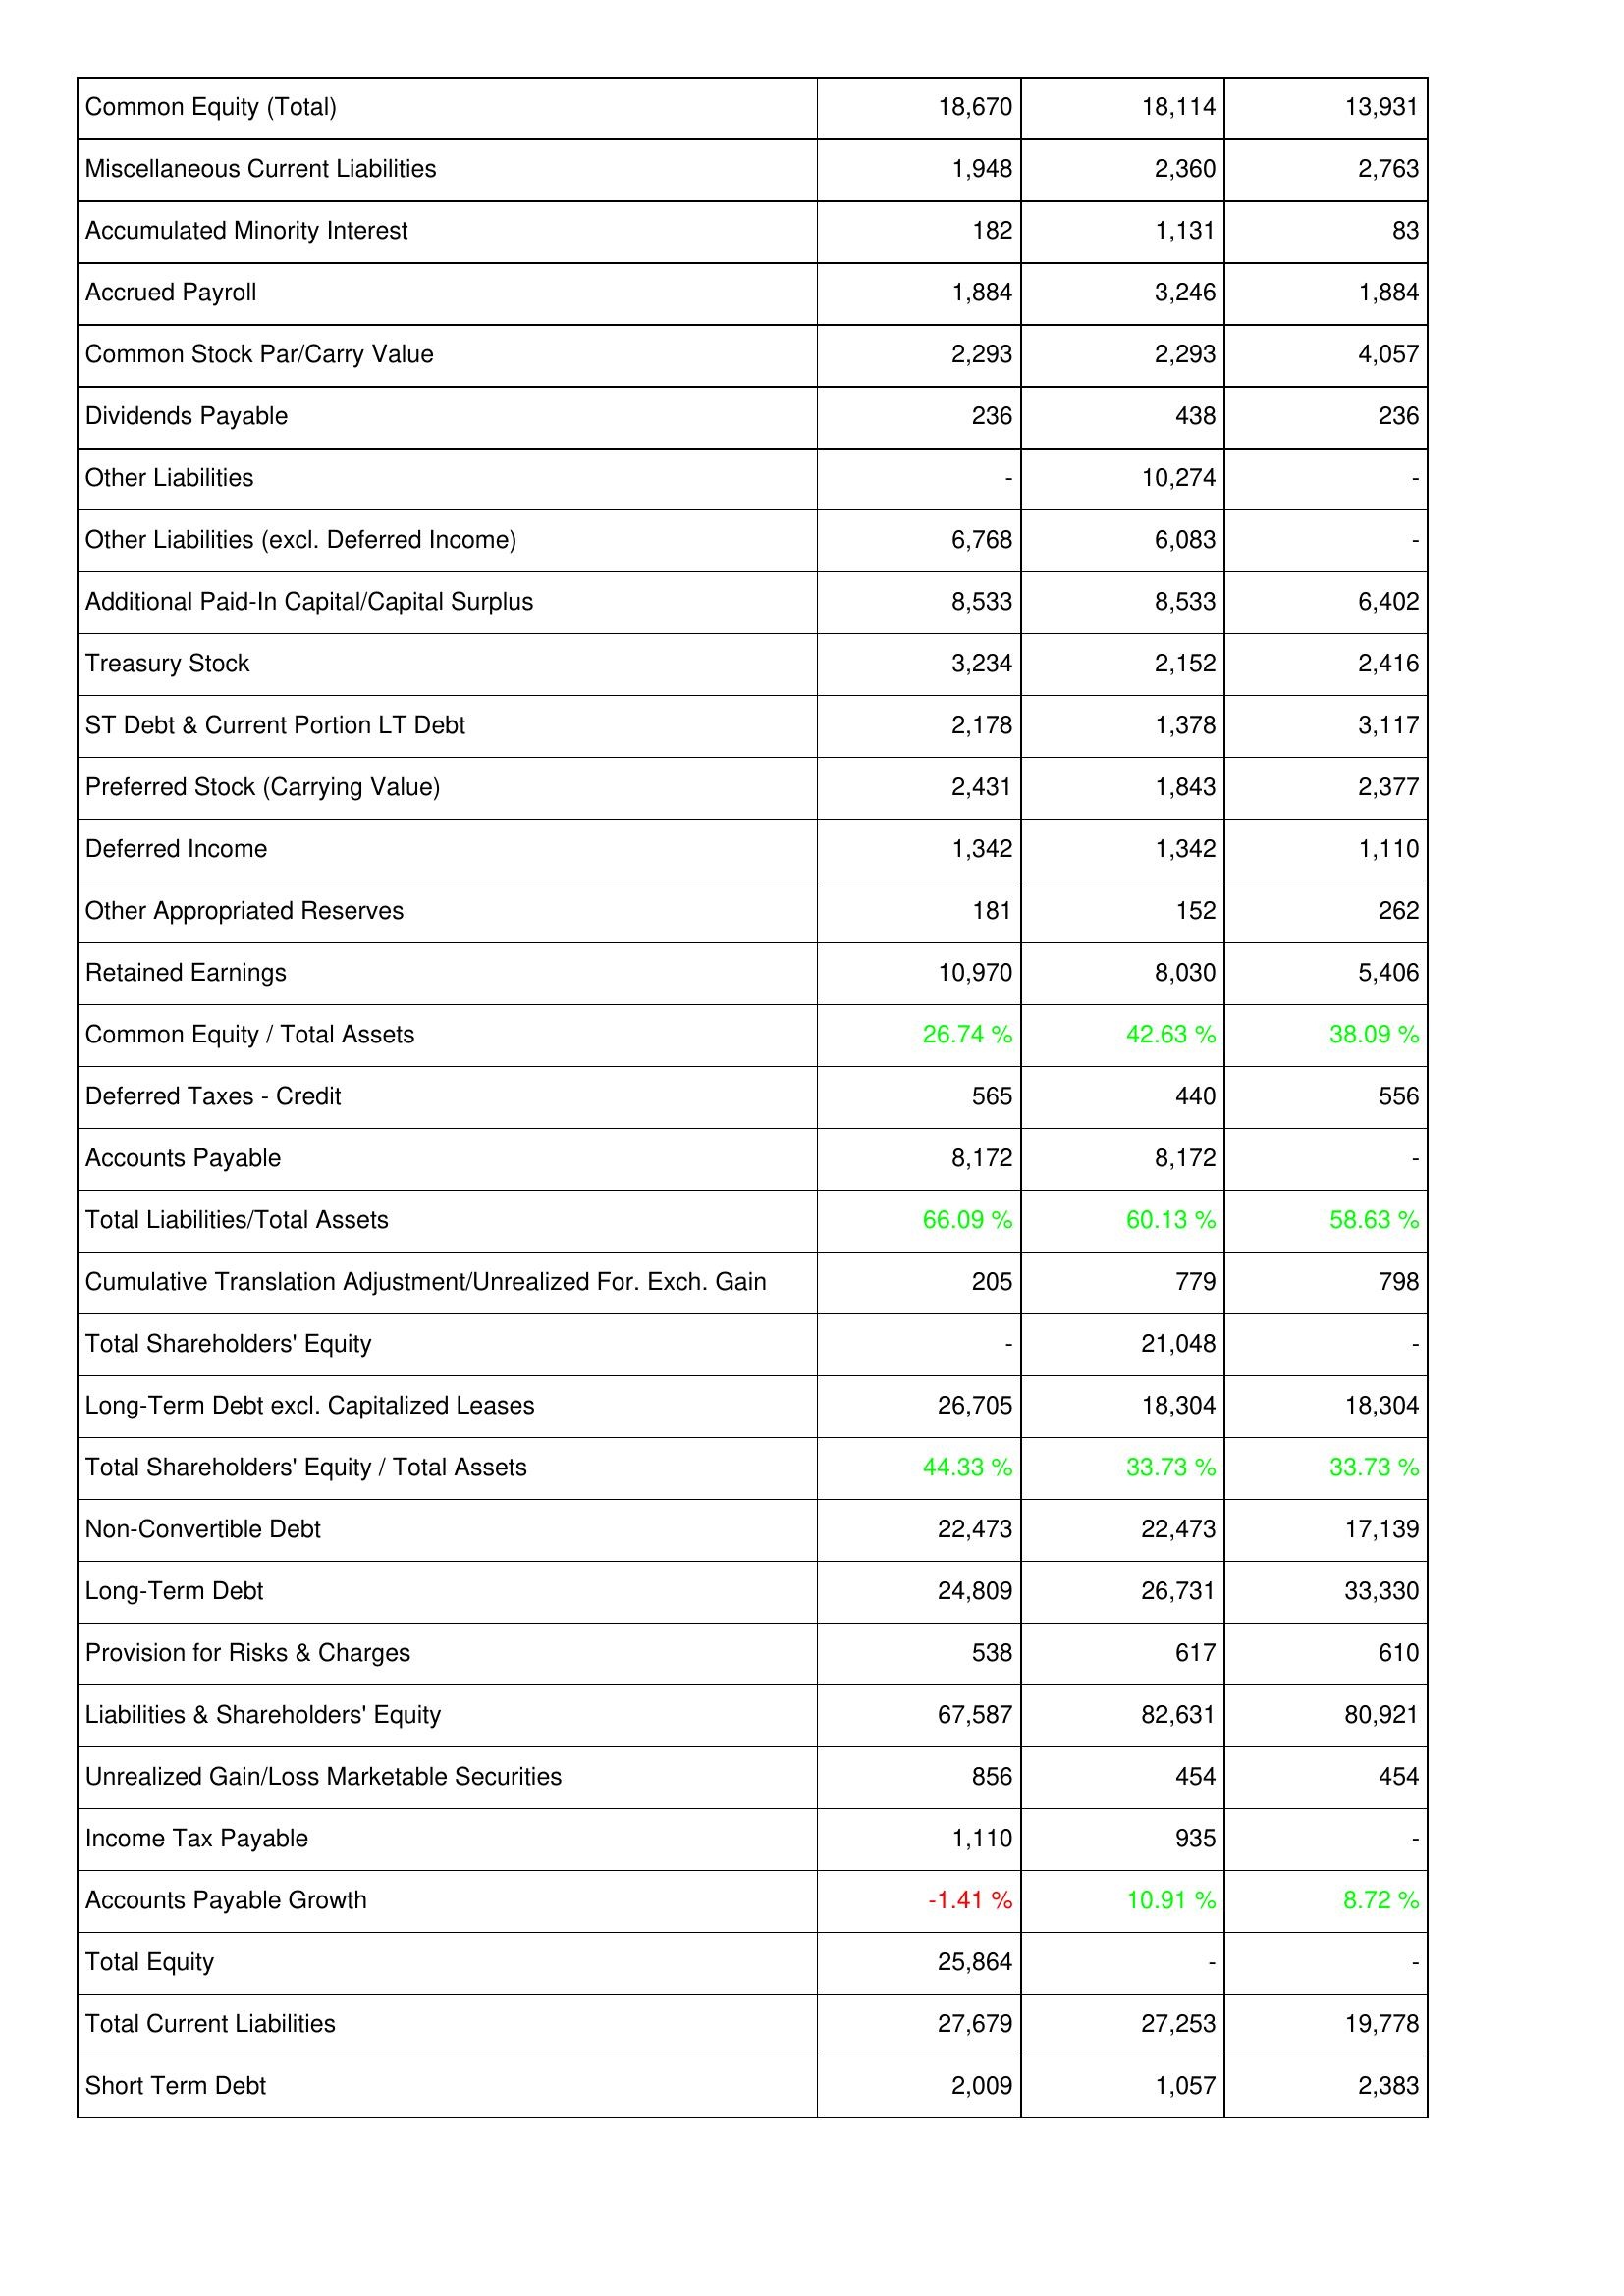
2011: Liabilities & Shareholders' Equity: Common Equity (Total): 18,670
Miscellaneous Current Liabilities: 1,948
Accumulated Minority Interest: 182
Accrued Payroll: 1,884
Common Stock Par/Carry Value: 2,293
Dividends Payable: 236
Other Liabilities: -
Other Liabilities (excl. Deferred Income): 6,768
Additional Paid-In Capital/Capital Surplus: 8,533
Treasury Stock: 3,234
ST Debt & Current Portion LT Debt: 2,178
Preferred Stock (Carrying Value): 2,431
Deferred Income: 1,342
Other Appropriated Reserves: 181
Retained Earnings: 10,970
Common Equity / Total Assets: 26.74 %
Deferred Taxes - Credit: 565
Accounts Payable: 8,172
Total Liabilities/Total Assets: 66.09 %
Cumulative Translation Adjustment/Unrealized For. Exch. Gain: 205
Total Shareholders' Equity: -
Long-Term Debt excl. Capitalized Leases: 26,705
Total Shareholders' Equity / Total Assets: 44.33 %
Non-Convertible Debt: 22,473
Long-Term Debt: 24,809
Provision for Risks & Charges: 538
Liabilities & Shareholders' Equity: 67,587
Unrealized Gain/Loss Marketable Securities: 856
Income Tax Payable: 1,110
Accounts Payable Growth: -1.41 %
Total Equity: 25,864
Total Current Liabilities: 27,679
Short Term Debt: 2,009
2012: Liabilities & Shareholders' Equity: Common Equity (Total): 18,114
Miscellaneous Current Liabilities: 2,360
Accumulated Minority Interest: 1,131
Accrued Payroll: 3,246
Common Stock Par/Carry Value: 2,293
Dividends Payable: 438
Other Liabilities: 10,274
Other Liabilities (excl. Deferred Income): 6,083
Additional Paid-In Capital/Capital Surplus: 8,533
Treasury Stock: 2,152
ST Debt & Current Portion LT Debt: 1,378
Preferred Stock (Carrying Value): 1,843
Deferred Income: 1,342
Other Appropriated Reserves: 152
Retained Earnings: 8,030
Common Equity / Total Assets: 42.63 %
Deferred Taxes - Credit: 440
Accounts Payable: 8,172
Total Liabilities/Total Assets: 60.13 %
Cumulative Translation Adjustment/Unrealized For. Exch. Gain: 779
Total Shareholders' Equity: 21,048
Long-Term Debt excl. Capitalized Leases: 18,304
Total Shareholders' Equity / Total Assets: 33.73 %
Non-Convertible Debt: 22,473
Long-Term Debt: 26,731
Provision for Risks & Charges: 617
Liabilities & Shareholders' Equity: 82,631
Unrealized Gain/Loss Marketable Securities: 454
Income Tax Payable: 935
Accounts Payable Growth: 10.91 %
Total Equity: -
Total Current Liabilities: 27,253
Short Term Debt: 1,057
2013: Liabilities & Shareholders' Equity: Common Equity (Total): 13,931
Miscellaneous Current Liabilities: 2,763
Accumulated Minority Interest: 83
Accrued Payroll: 1,884
Common Stock Par/Carry Value: 4,057
Dividends Payable: 236
Other Liabilities: -
Other Liabilities (excl. Deferred Income): -
Additional Paid-In Capital/Capital Surplus: 6,402
Treasury Stock: 2,416
ST Debt & Current Portion LT Debt: 3,117
Preferred Stock (Carrying Value): 2,377
Deferred Income: 1,110
Other Appropriated Reserves: 262
Retained Earnings: 5,406
Common Equity / Total Assets: 38.09 %
Deferred Taxes - Credit: 556
Accounts Payable: -
Total Liabilities/Total Assets: 58.63 %
Cumulative Translation Adjustment/Unrealized For. Exch. Gain: 798
Total Shareholders' Equity: -
Long-Term Debt excl. Capitalized Leases: 18,304
Total Shareholders' Equity / Total Assets: 33.73 %
Non-Convertible Debt: 17,139
Long-Term Debt: 33,330
Provision for Risks & Charges: 610
Liabilities & Shareholders' Equity: 80,921
Unrealized Gain/Loss Marketable Securities: 454
Income Tax Payable: -
Accounts Payable Growth: 8.72 %
Total Equity: -
Total Current Liabilities: 19,778
Short Term Debt: 2,383